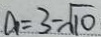
a = 3 - \sqrt { 1 0 }